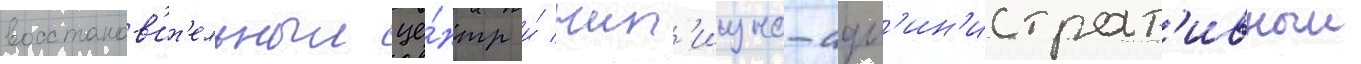
восстанов'ит'ельныи це́нтр и́ жил'ищно-адм'ин'истрат'ивныи